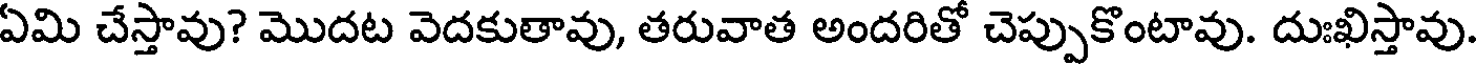
ఏమి చేస్తావు? మొదట వెదకుతావు, తరువాత అందరితో చెప్పుకొంటావు. దుఃఖిస్తావు.